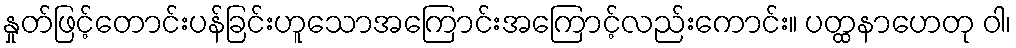
နှုတ်ဖြင့်တောင်းပန်ခြင်းဟူသောအကြောင်းအကြောင့်လည်းကောင်း။ ပတ္ထနာဟေတု ဝါ၊